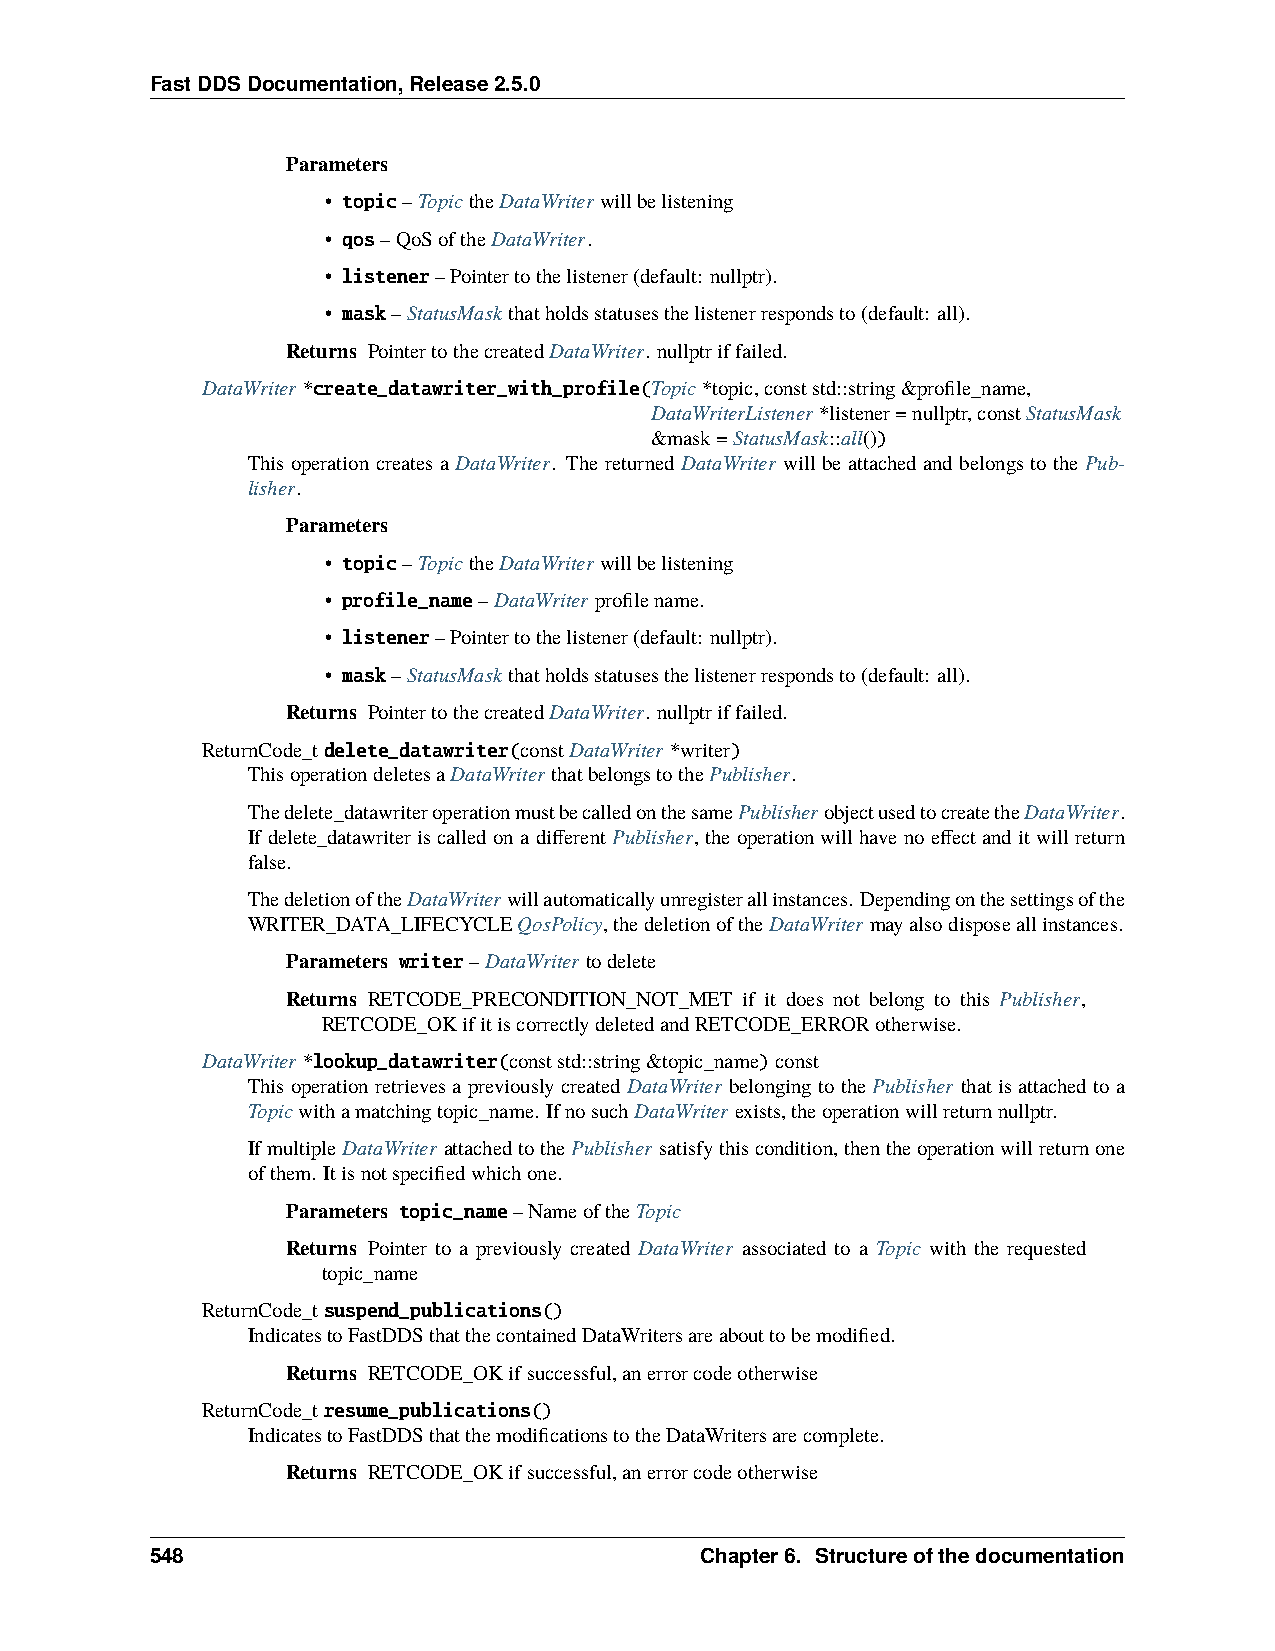
FastDDSDocumentation,Release2.5.0
 Parameters
 • topic–TopictheDataWriterwillbelistening
 • qos–QoSoftheDataWriter.
 • listener–Pointertothelistener(default: nullptr).
 • mask–StatusMaskthatholdsstatusesthelistenerrespondsto(default: all).
 Returns PointertothecreatedDataWriter. nullptriffailed.
 DataWriter*create_datawriter_with_profile(Topic*topic,conststd::string&profile_name,
 DataWriterListener*listener=nullptr,constStatusMask
 &mask=StatusMask::all())
 This operation creates a DataWriter. The returned DataWriter will be attached and belongs to the Pub-
 lisher.
 Parameters
 • topic–TopictheDataWriterwillbelistening
 • profile_name–DataWriterprofilename.
 • listener–Pointertothelistener(default: nullptr).
 • mask–StatusMaskthatholdsstatusesthelistenerrespondsto(default: all).
 Returns PointertothecreatedDataWriter. nullptriffailed.
 ReturnCode_tdelete_datawriter(constDataWriter*writer)
 ThisoperationdeletesaDataWriterthatbelongstothePublisher.
 Thedelete_datawriteroperationmustbecalledonthesamePublisherobjectusedtocreatetheDataWriter.
 Ifdelete_datawriteriscalledonadifferentPublisher, theoperationwillhavenoeffectanditwillreturn
 false.
 ThedeletionoftheDataWriterwillautomaticallyunregisterallinstances. Dependingonthesettingsofthe
 WRITER_DATA_LIFECYCLEQosPolicy,thedeletionoftheDataWritermayalsodisposeallinstances.
 Parameters writer–DataWritertodelete
 Returns RETCODE_PRECONDITION_NOT_MET if it does not belong to this Publisher,
 RETCODE_OKifitiscorrectlydeletedandRETCODE_ERRORotherwise.
 DataWriter*lookup_datawriter(conststd::string&topic_name)const
 This operation retrieves a previously created DataWriter belonging to the Publisher that is attached to a
 Topicwithamatchingtopic_name. IfnosuchDataWriterexists,theoperationwillreturnnullptr.
 IfmultipleDataWriter attachedtothePublisher satisfythiscondition,thentheoperationwillreturnone
 ofthem. Itisnotspecifiedwhichone.
 Parameters topic_name–NameoftheTopic
 Returns Pointer to a previously created DataWriter associated to a Topic with the requested
 topic_name
 ReturnCode_tsuspend_publications()
 IndicatestoFastDDSthatthecontainedDataWritersareabouttobemodified.
 Returns RETCODE_OKifsuccessful,anerrorcodeotherwise
 ReturnCode_tresume_publications()
 IndicatestoFastDDSthatthemodificationstotheDataWritersarecomplete.
 Returns RETCODE_OKifsuccessful,anerrorcodeotherwise
 548                                 Chapter6. Structureofthedocumentation